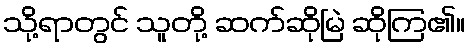
သို့ရာတွင် သူတို့ ဆက်ဆိုမြဲ ဆိုကြ၏။